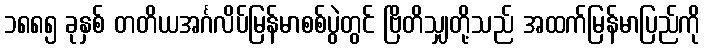
၁၈၈၅ ခုနှစ် တတိယအင်္ဂလိပ်မြန်မာစစ်ပွဲတွင် ဗြိတိသျှတို့သည် အထက်မြန်မာပြည်ကို